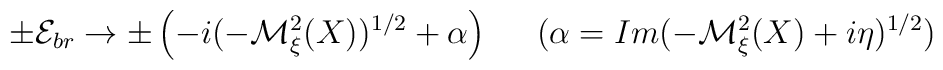
\pm {\cal E}_{b r} \to \pm \left( - i (- {\cal M}_\xi^2 (X))^{1 / 2} + \alpha \right) \;\;\;\;\; (\alpha = Im (- {\cal M}_\xi^2 (X) + i \eta)^{1 / 2})